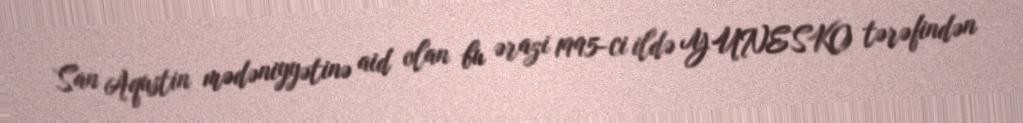
San Aqustin mədəniyyətinə aid olan bu ərazi 1995-ci ildə YUNESKO tərəfindən